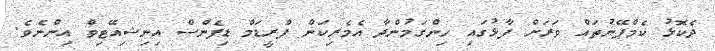
ދެކޮޅު ކެމްޕޭނުތައް ވަރަށް ފާޅުގައި ހިންގަމުންދާ އެމެރިކަން ފްރީޑަމް ޑިފެންސް އިނިޝިއޭޓިވް އިންނެވެ.